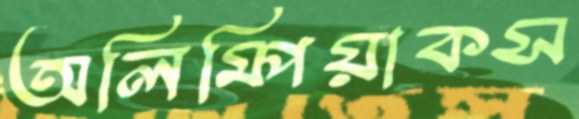
অলিম্পিয়াকস